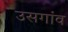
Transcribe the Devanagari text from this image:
उसगांव